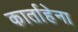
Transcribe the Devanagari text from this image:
कार्ताहेना